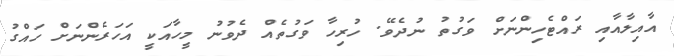
އާއިލާއާއި ރައްޓެހިންނަށް ވަގުތު ނުދެވޭ. ހުރިހާ ވަގުތެއް ދެވުނު މީހާއަކީ އަހަރެންނަށް ހައްގު